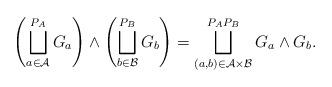
LaTeX: \begin{align*} \left(\bigsqcup_{a \in \mathcal{A}}^{P_A} G_a\right) \wedge \left(\bigsqcup_{b \in \mathcal{B}}^{P_B} G_b\right) = \bigsqcup_{(a,b) \in \mathcal{A} \times \mathcal{B}}^{P_AP_B} G_a \wedge G_b. \end{align*}